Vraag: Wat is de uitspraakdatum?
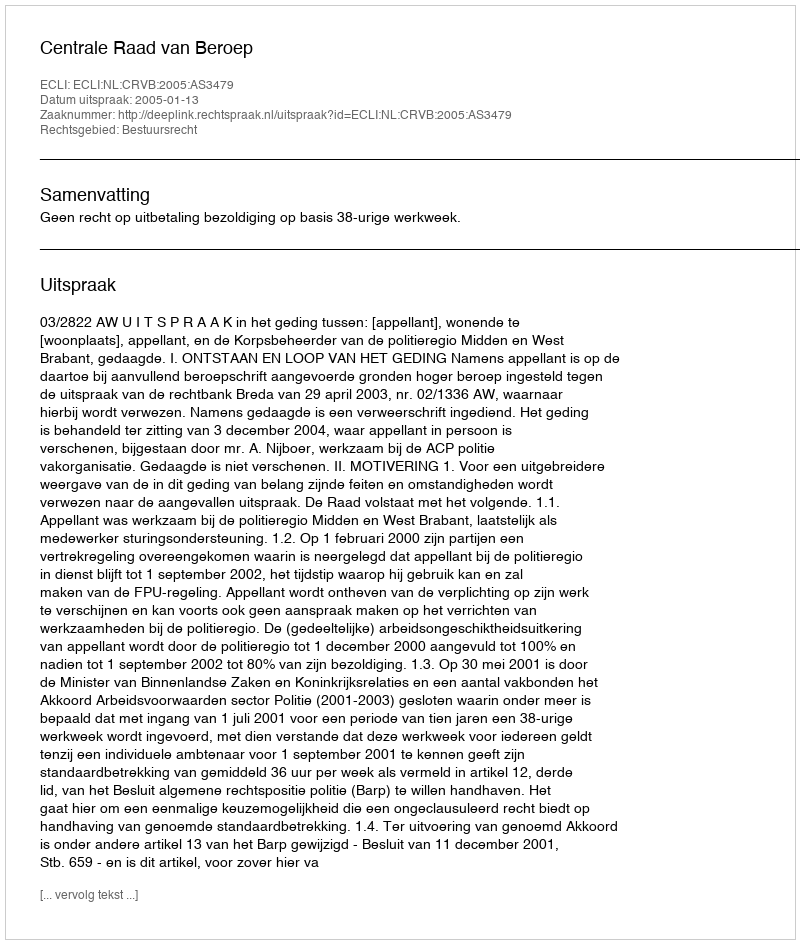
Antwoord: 2005-01-13